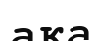
ақа